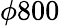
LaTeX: \phi 800